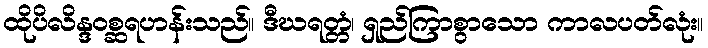
ထိုပိလိန္ဒဝစ္ဆရဟန်းသည်။ ဒီဃရတ္တံ၊ ရှည်ကြာစွာသော ကာလပတ်လုံး။